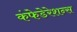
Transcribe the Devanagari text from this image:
कंफेडेरेशन्स